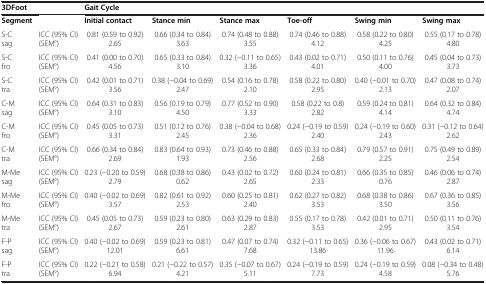
<table><thead><tr><td><b>3DFoot</b></td><td>[EMPTY_CELL]</td><td><b>Gait Cycle</b></td><td>[EMPTY_CELL]</td><td>[EMPTY_CELL]</td><td>[EMPTY_CELL]</td><td>[EMPTY_CELL]</td><td>[EMPTY_CELL]</td></tr></thead><tbody><tr><td><b>Segment</b></td><td>[EMPTY_CELL]</td><td><b>Initial contact</b></td><td><b>Stance min</b></td><td><b>Stance max</b></td><td><b>Toe-off</b></td><td><b>Swing min</b></td><td><b>Swing max</b></td></tr><tr><td>S-C sag</td><td>ICC (95% CI) (SEM°)</td><td>0.81 (0.59 to 0.92) 2.65</td><td>0.66 (0.34 to 0.84) 3.63</td><td>0.74 (0.48 to 0.88) 3.55</td><td>0.74 (0.46 to 0.88) 4.12</td><td>0.58 (0.22 to 0.80) 4.25</td><td>0.55 (0.17 to 0.78) 4.80</td></tr><tr><td>S-C fro</td><td>ICC (95% CI) (SEM°)</td><td>0.41 (0.00 to 0.70) 4.56</td><td>0.65 (0.33 to 0.84) 3.10</td><td>0.32 (-0.11 to 0.65) 3.36</td><td>0.43 (0.02 to 0.71) 4.01</td><td>0.50 (0.11 to 0.76) 4.00</td><td>0.45 (0.04 to 0.73) 3.73</td></tr><tr><td>S-C tra</td><td>ICC (95% CI) (SEM°)</td><td>0.42 (0.01 to 0.71) 3.56</td><td>0.38 (-0.04 to 0.69) 2.47</td><td>0.54 (0.16 to 0.78) 2.10</td><td>0.58 (0.22 to 0.80) 2.95</td><td>0.40 (-0.01 to 0.70) 2.13</td><td>0.47 (0.08 to 0.74) 2.07</td></tr><tr><td>C-M sag</td><td>ICC (95% CI) (SEM°)</td><td>0.64 (0.31 to 0.83) 3.10</td><td>0.56 (0.19 to 0.79) 4.50</td><td>0.77 (0.52 to 0.90) 3.33</td><td>0.58 (0.22 to 0.8) 2.82</td><td>0.59 (0.24 to 0.81) 4.14</td><td>0.64 (0.32 to 0.84) 4.74</td></tr><tr><td>C-M fro</td><td>ICC (95% CI) (SEM°)</td><td>0.45 (0.05 to 0.73) 3.31</td><td>0.51 (0.12 to 0.76) 2.45</td><td>0.38 (-0.04 to 0.68) 2.36</td><td>0.24 (-0.19 to 0.59) 2.40</td><td>0.24 (-0.19 to 0.60) 2.43</td><td>0.31 (-0.12 to 0.64) 2.62</td></tr><tr><td>C-M tra</td><td>ICC (95% CI) (SEM°)</td><td>0.66 (0.34 to 0.84) 2.69</td><td>0.83 (0.64 to 0.93) 1.93</td><td>0.73 (0.46 to 0.88) 2.56</td><td>0.65 (0.33 to 0.84) 2.68</td><td>0.79 (0.57 to 0.91) 2.25</td><td>0.75 (0.49 to 0.89) 2.54</td></tr><tr><td>M-Me sag</td><td>ICC (95% CI) (SEM°)</td><td>0.23 (-0.20 to 0.59) 2.79</td><td>0.68 (0.38 to 0.86) 0.62</td><td>0.43 (0.02 to 0.72) 2.65</td><td>0.60 (0.24 to 0.81) 2.33</td><td>0.66 (0.35 to 0.85) 0.76</td><td>0.46 (0.06 to 0.74) 2.87</td></tr><tr><td>M-Me fro</td><td>ICC (95% CI) (SEM°)</td><td>0.40 (-0.02 to 0.69) 3.57</td><td>0.82 (0.61 to 0.92) 2.53</td><td>0.60 (0.25 to 0.81) 2.40</td><td>0.62 (0.27 to 0.82) 3.53</td><td>0.68 (0.38 to 0.86) 3.50</td><td>0.67 (0.36 to 0.85) 3.56</td></tr><tr><td>M-Me tra</td><td>ICC (95% CI) (SEM°)</td><td>0.45 (0.05 to 0.73) 2.67</td><td>0.59 (0.23 to 0.80) 2.61</td><td>0.63 (0.29 to 0.83) 2.87</td><td>0.55 (0.17 to 0.78) 3.53</td><td>0.42 (0.01 to 0.71) 2.95</td><td>0.50 (0.11 to 0.76) 3.54</td></tr><tr><td>F-P sag</td><td>ICC (95% CI) (SEM°)</td><td>0.40 (-0.02 to 0.69) 12.01</td><td>0.59 (0.23 to 0.81) 6.61</td><td>0.47 (0.07 to 0.74) 7.68</td><td>0.32 (-0.11 to 0.65) 13.86</td><td>0.36 (-0.06 to 0.67) 11.96</td><td>0.43 (0.02 to 0.71) 6.14</td></tr><tr><td>F-P tra</td><td>ICC (95% CI) (SEM°)</td><td>0.22 (-0.21 to 0.58) 6.94</td><td>0.21 (-0.22 to 0.57) 4.21</td><td>0.35 (-0.07 to 0.67) 5.11</td><td>0.24 (-0.19 to 0.59) 7.73</td><td>0.24 (-0.19 to 0.59) 4.58</td><td>0.08 (-0.34 to 0.48) 5.76</td></tr></tbody></table>